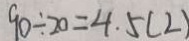
9 0 \div 2 0 = 4 . 5 ( 2 )